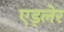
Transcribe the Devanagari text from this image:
एड्लेर